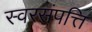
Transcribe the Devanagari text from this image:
स्वरसंपत्ति